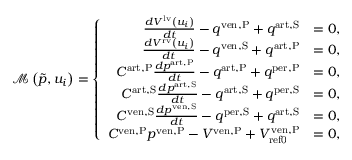
\mathcal { M } \left( \tilde { p } , u _ { i } \right) = \left\{ \begin{array} { r l } { \frac { d V ^ { \mathrm { l v } } \left( u _ { i } \right) } { d t } - q ^ { \mathrm { v e n , P } } + q ^ { \mathrm { a r t , S } } } & { = 0 , } \\ { \frac { d V ^ { \mathrm { r v } } \left( u _ { i } \right) } { d t } - q ^ { \mathrm { v e n , S } } + q ^ { \mathrm { a r t , P } } } & { = 0 , } \\ { C ^ { \mathrm { a r t , P } } \frac { d p ^ { \mathrm { a r t , P } } } { d t } - q ^ { \mathrm { a r t , P } } + q ^ { \mathrm { p e r , P } } } & { = 0 , } \\ { C ^ { \mathrm { a r t , S } } \frac { d p ^ { \mathrm { a r t , S } } } { d t } - q ^ { \mathrm { a r t , S } } + q ^ { \mathrm { p e r , S } } } & { = 0 , } \\ { C ^ { \mathrm { v e n , S } } \frac { d p ^ { \mathrm { v e n , S } } } { d t } - q ^ { \mathrm { p e r , S } } + q ^ { \mathrm { a r t , S } } } & { = 0 , } \\ { C ^ { \mathrm { v e n , P } } p ^ { \mathrm { v e n , P } } - V ^ { \mathrm { v e n , P } } + V _ { \mathrm { { r e f 0 } } } ^ { \mathrm { v e n , P } } } & { = 0 , } \end{array} \right.